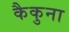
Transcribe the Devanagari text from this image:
कैकुना